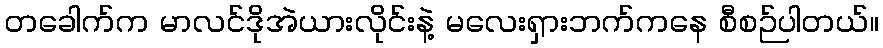
တခေါက်က မာလင်ဒိုအဲယားလိုင်းနဲ့ မလေးရှားဘက်ကနေ စီစဉ်ပါတယ်။